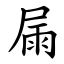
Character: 屚